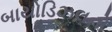
બાયોડિઝલનો